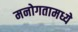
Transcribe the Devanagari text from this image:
मनोगतामध्ये